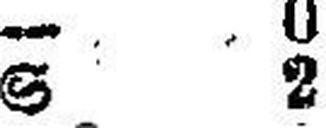
S 2